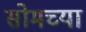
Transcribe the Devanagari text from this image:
सोमच्या